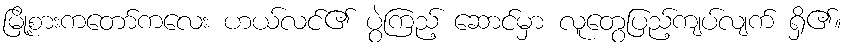
မြို့စားကတော်ကလေး ဟယ်လင်၏ ပွဲကြည့် ဆောင်မှာ လူတွေပြည့်ကျပ်လျက် ရှိ၏။